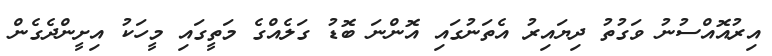
އިރުއޮއްސުނު ވަގުތު ދިޔައިރު އެތަނުގައި އޮންނަ ބޮޑު ގަލެއްގެ މަތީގައި މީހަކު އިށީންދެގެން